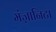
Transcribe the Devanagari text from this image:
मंज़ानिटा